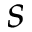
s